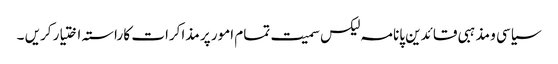
سیاسی و مذہبی قائدین پانامہ لیکس سمیت تمام امور پر مذاکرات کا راستہ اختیار کریں ۔